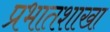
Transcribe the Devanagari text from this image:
प्रभातशाखा